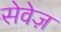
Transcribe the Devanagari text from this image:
सेवेज़